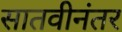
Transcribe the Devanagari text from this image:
सातवीनंतर